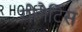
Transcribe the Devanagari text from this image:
योनैटिस